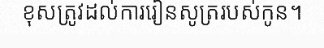
ខុសត្រូវដល់ការរៀនសូត្ររបស់កូន។